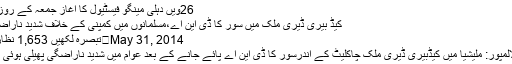
26ویں دہلی مینگو فیسٹیول کا آغاز جمعہ کے روز ...
کیڈ بیری ڈیری ملک میں سور کا ڈی این اے،مسلمانوں میں کمپنی کے خلاف شدید ناراضگی
May 31, 2014	تبصرہ لکھیں 1,653 نظارے
کولالمپور: ملیشیا میں کیڈبیری ڈیری ملک چاکلیٹ کے اندرسور کا ڈی این اے پائے جانے کے بعد عوام میں شدید ناراضگی پھیلی ہوئی ہے۔